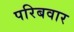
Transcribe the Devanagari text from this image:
परिबवार